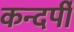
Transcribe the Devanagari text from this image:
कन्दर्पी